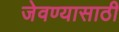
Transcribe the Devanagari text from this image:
जेवण्यासाठी